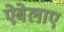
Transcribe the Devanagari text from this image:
ऐबेलाए